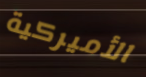
الأميركية